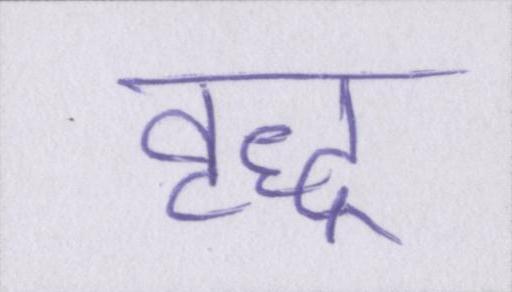
वृद्ध